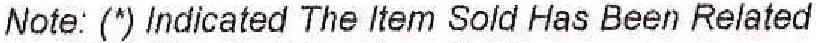
NOTE: (*) INDICATED THE ITEM SOLD HAS BEEN RELATED